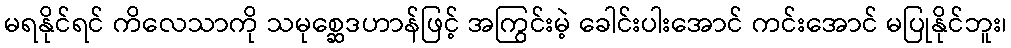
မရနိုင်ရင် ကိလေသာကို သမုစ္ဆေဒဟာန်ဖြင့် အကြွင်းမဲ့ ခေါင်းပါးအောင် ကင်းအောင် မပြုနိုင်ဘူး၊